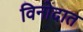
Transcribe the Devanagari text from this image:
विनोदात